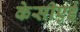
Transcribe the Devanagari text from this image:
केसीएई